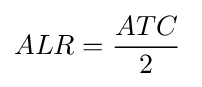
ALR={\frac {ATC}{2}}\;